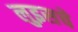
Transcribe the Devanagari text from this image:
लुइसचे